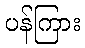
ပန်ကြား